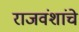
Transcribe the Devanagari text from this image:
राजवंशांचे